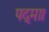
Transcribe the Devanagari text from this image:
पद्मा।